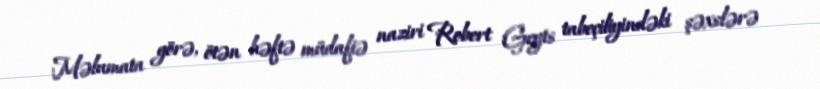
Məlumata görə, ötən həftə müdafiə naziri Robert Geyts tabeçiliyindəki şəxslərə